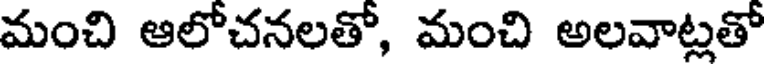
మంచి ఆలోచనలతో, మంచి అలవాట్లతో